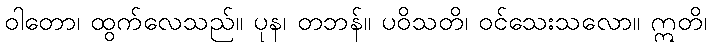
ဝါတော၊ ထွက်လေသည်။ ပုန၊ တဘန်။ ပဝိသတိ၊ ဝင်သေးသလော။ ဣတိ၊